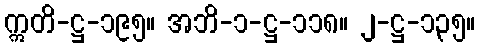
ဣတိ-ဋ္ဌ-၁၉၅။ အဘိ-၁-ဋ္ဌ-၁၁၈။ ၂-ဋ္ဌ-၁၃၅။